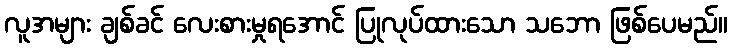
လူအများ ချစ်ခင် လေးစားမှုရအောင် ပြုလုပ်ထားသော သဘော ဖြစ်ပေမည်။